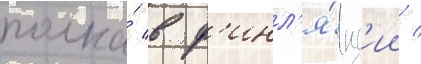
полка́ в ф'инл'я́нд'ии /